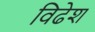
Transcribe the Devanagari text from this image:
विढेश